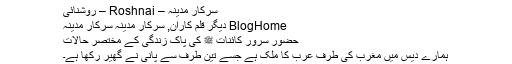
سرکارِ مدینہ – Roshnai – روشنائی
BlogHome دیگر قلم کاران, سرکارِ مدینہ سرکارِ مدینہ
حضور سرور کائنات ﷺ کی پاک زندگی کے مختصر حالات
ہمارے دیس میں مغرب کی طرف عرب کا ملک ہے جسے تین طرف سے پانی نے گھیر رکھا ہے۔